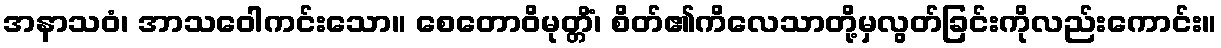
အနာသဝံ၊ အာသဝေါကင်းသော။ စေတောဝိမုတ္တိံ၊ စိတ်၏ကိလေသာတို့မှလွတ်ခြင်းကိုလည်းကောင်း။